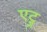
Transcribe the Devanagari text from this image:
एट्ज़